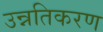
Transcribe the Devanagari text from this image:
उन्नतिकरण